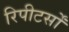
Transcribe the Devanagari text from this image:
रिपीटर्सों